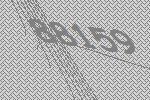
88159